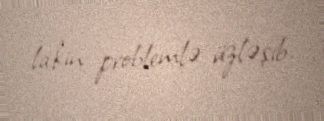
lakin problemlə üzləşib.